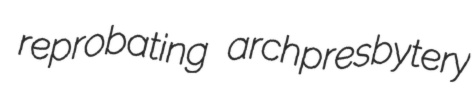
reprobating archpresbytery